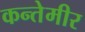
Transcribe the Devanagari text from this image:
कन्तेमीर